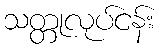
သတ္တုလုပ်ငန်း